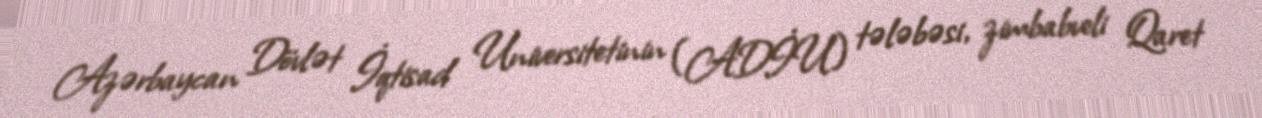
Azərbaycan Dövlət İqtisad Universitetinin (ADİU) tələbəsi, zimbabveli Qaret